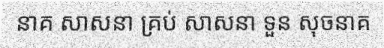
នាគ សាសនា គ្រប់ សាសនា ទួន សុចនាគ